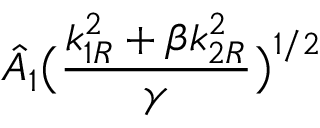
\displaystyle { \hat { A } _ { 1 } \big ( \frac { k _ { 1 R } ^ { 2 } + \beta k _ { 2 R } ^ { 2 } } { \gamma } \big ) ^ { 1 / 2 } }